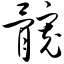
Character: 髋